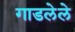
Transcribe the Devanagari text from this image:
गाडलेले